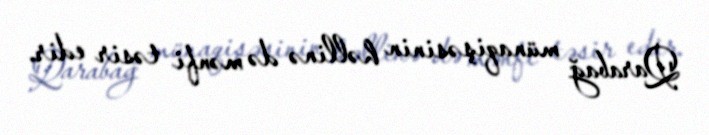
Qarabağ münaqişəsinin həllinə də mənfi təsir edir.